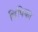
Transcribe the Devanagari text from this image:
दिपिका